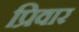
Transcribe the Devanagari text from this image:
प्रिवार